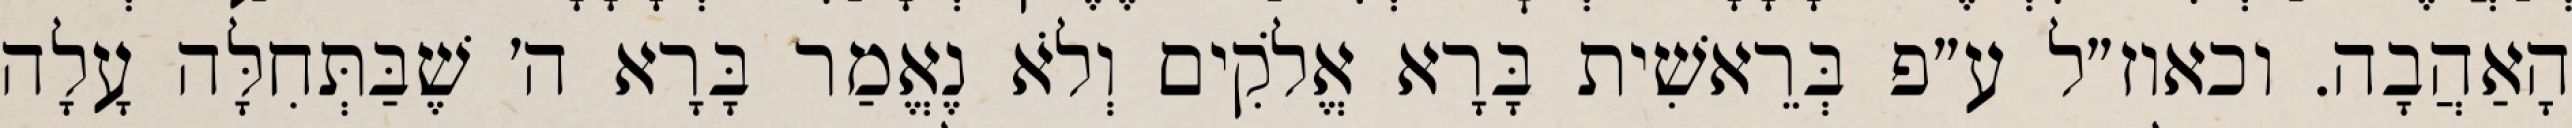
הָאַהֲבָה. וכאוז״ל ע״פ בְּרֵאשִׁית בָּרָא אֱלֹקִים וְלֹא נֶאֱמַר בָּרָא ה׳ שֶׁבַּתְּחִלָּה עָלָה